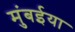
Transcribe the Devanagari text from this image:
मुंबईया